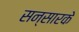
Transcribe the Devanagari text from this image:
सन्सारके